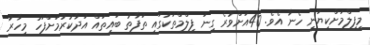
މިފިލްމަށްކިޔަނީ ހެނާ އެވެ. 40އަށްވުރެ ގިނަ ފިލްމްތަކުގައި ތަފާތު ބައިތައް އަދާކުރުމަށްފަހު މިހާރު